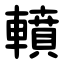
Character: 轒